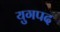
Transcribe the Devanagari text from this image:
युगपद